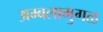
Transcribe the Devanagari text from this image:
अम्बलामुगळ